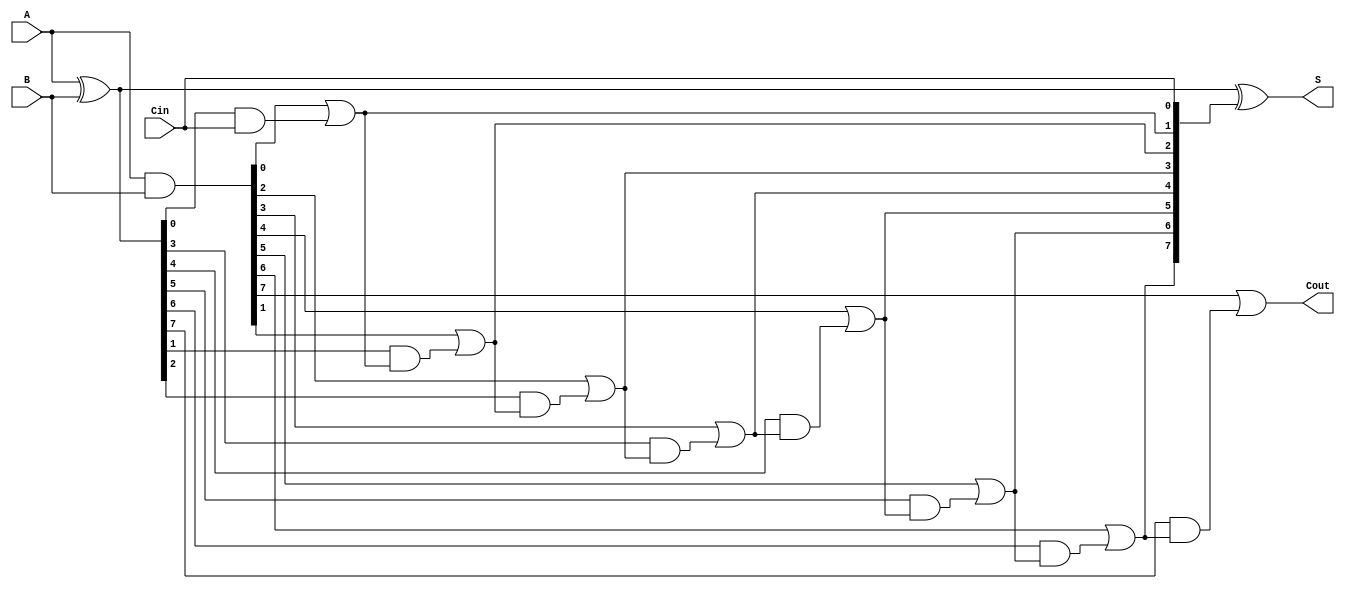
module ParallelPrefixAdder #(
    parameter N = 8  // Bit width parameter
) (
    input  [N-1:0] A,    // First input operand
    input  [N-1:0] B,    // Second input operand
    input          Cin,   // Carry-in
    output [N-1:0] S,    // Sum output
    output         Cout    // Carry-out
);

    // Generate and Propagate signals
    wire [N-1:0] G;  // Generate signals
    wire [N-1:0] P;  // Propagate signals
    wire [N:0] C;    // Carry signals (C[0] = Cin)

    // Compute Generate and Propagate for each bit
    assign G = A & B;       // G[i] = A[i] AND B[i]
    assign P = A ^ B;       // P[i] = A[i] XOR B[i]

    // Carry computation using Kogge-Stone prefix network
    genvar i;
    generate
        // Generate the carry signals
        assign C[0] = Cin; // Initial carry-in
        for (i = 0; i < N; i = i + 1) begin
            if (i == 0) begin
                assign C[i + 1] = G[i] | (P[i] & C[i]); // C[1]
            end else begin
                assign C[i + 1] = G[i] | (P[i] & C[i]); // C[i + 1]
            end
        end
    endgenerate

    // Sum computation
    assign S = A ^ B ^ C[N-1:0]; // S[i] = A[i] XOR B[i] XOR C[i]

    // Final carry-out
    assign Cout = C[N];

endmodule